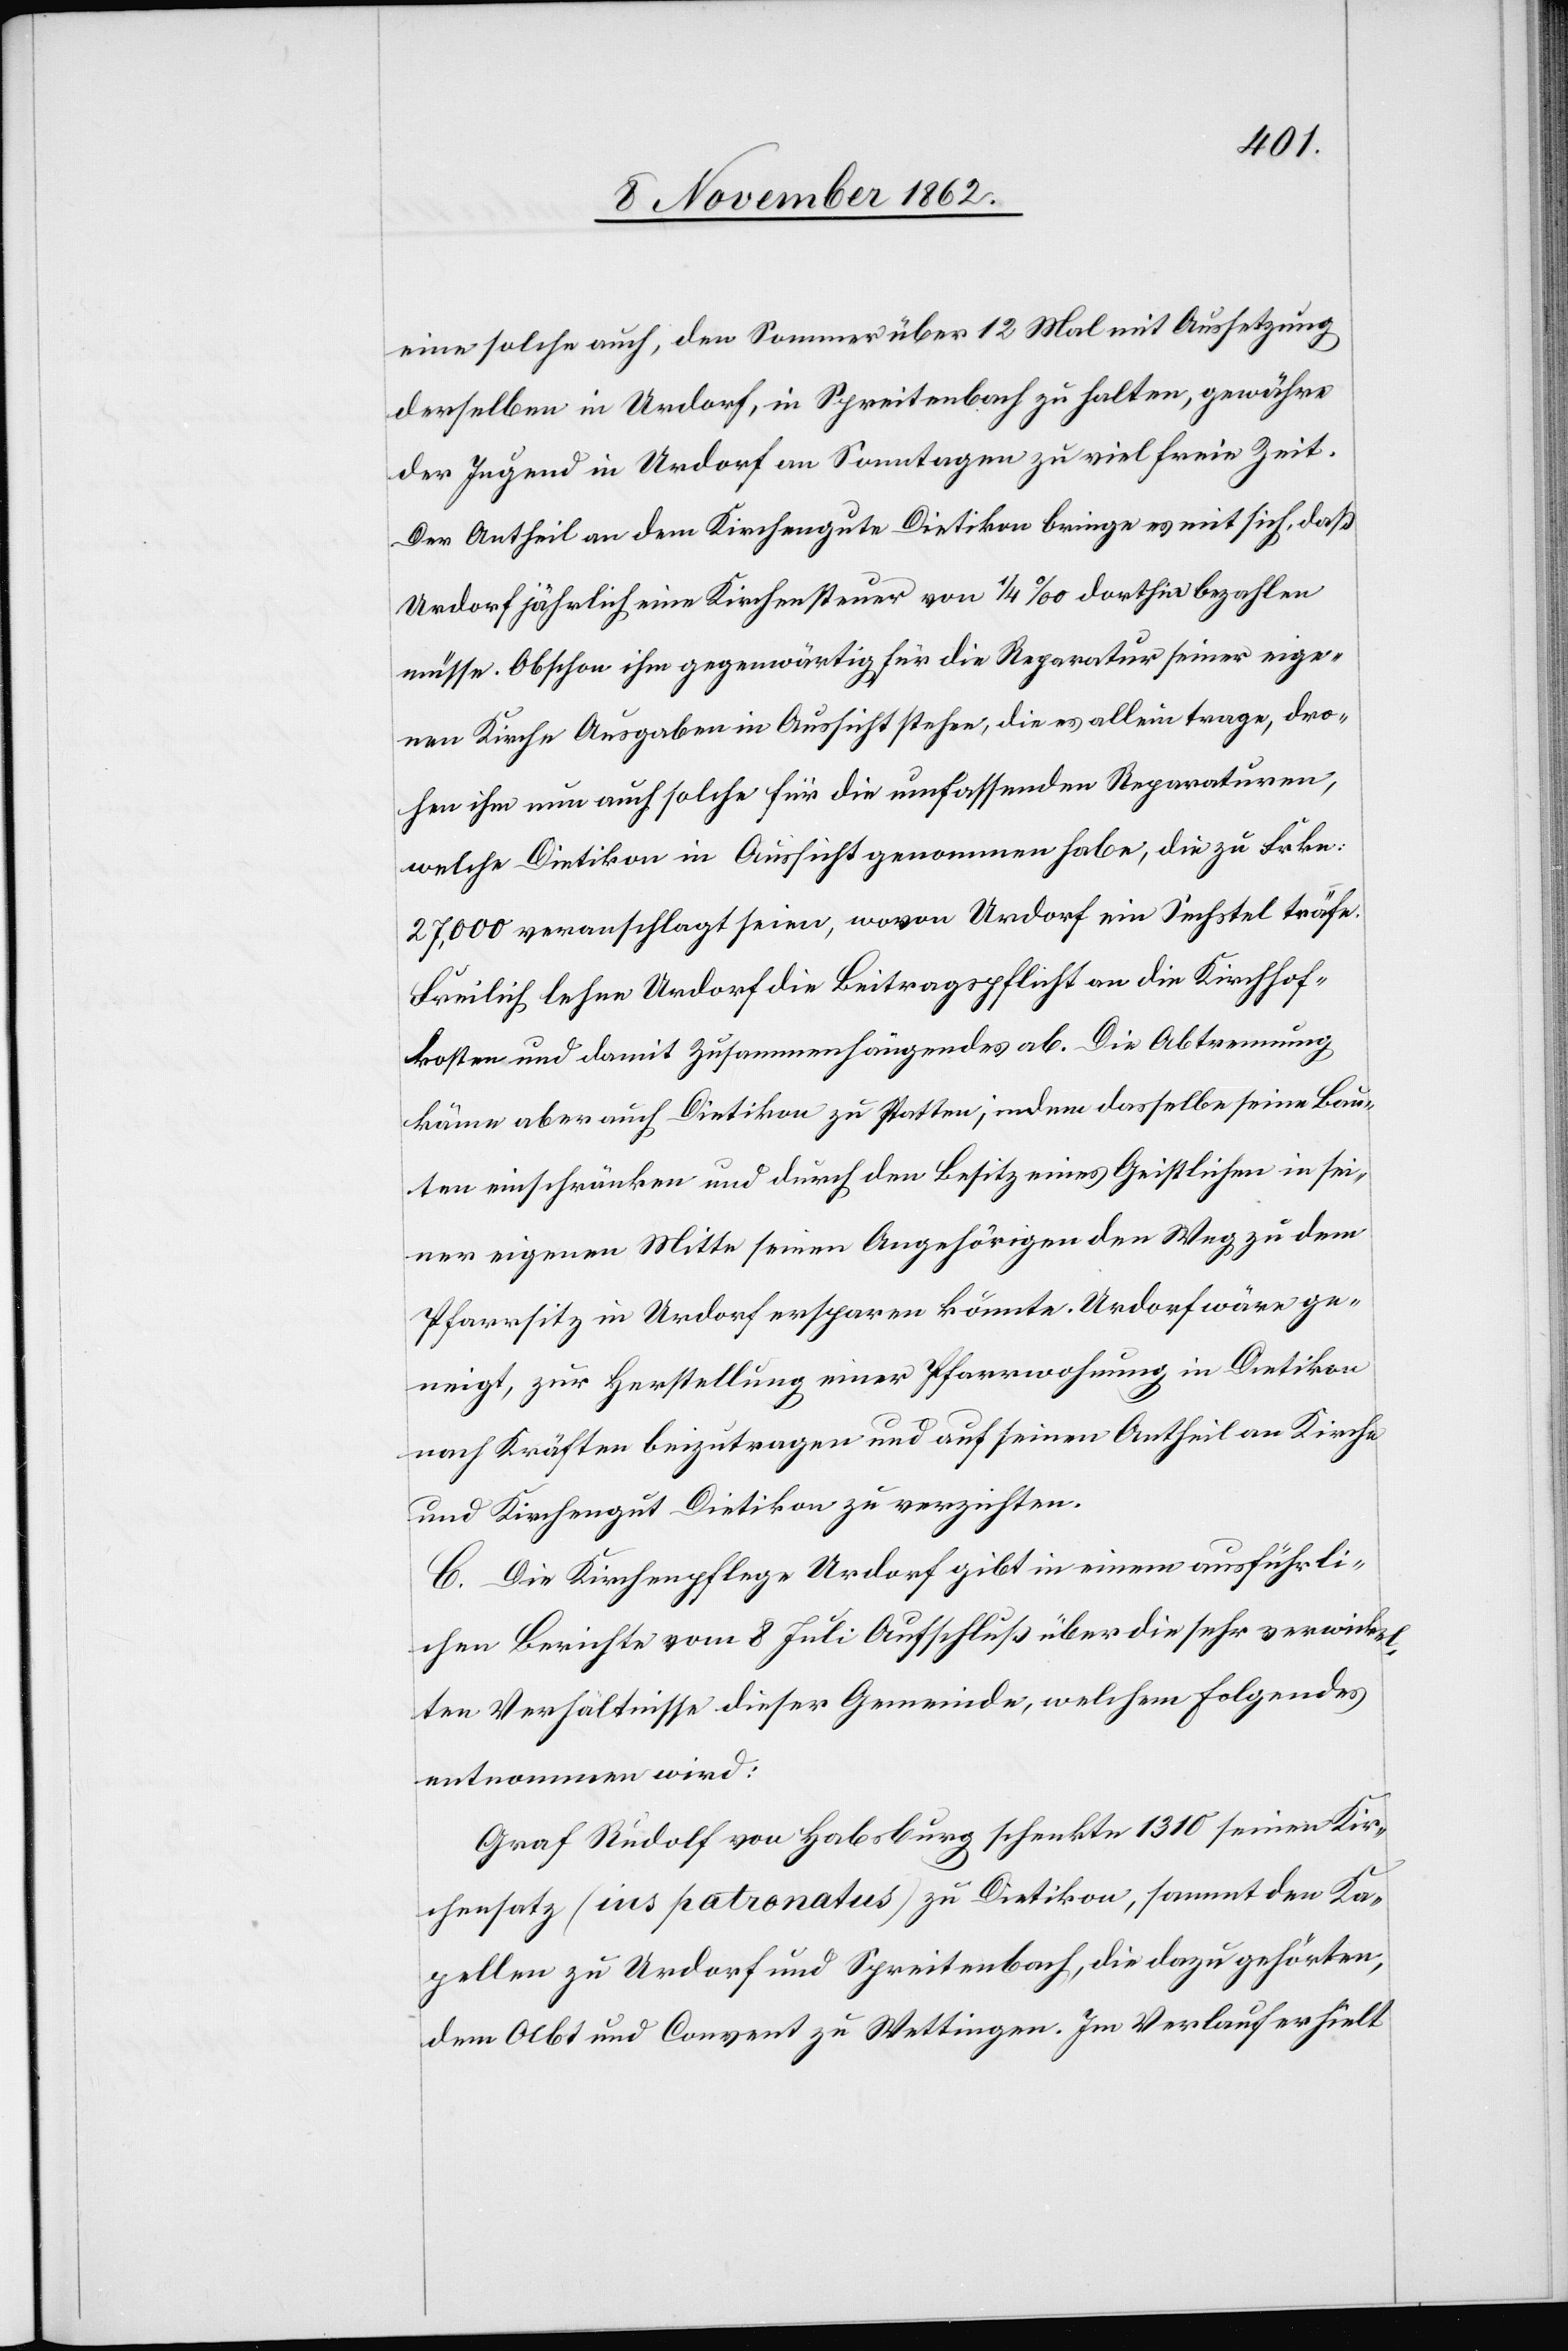
eine solche auch, den Sommer über 12 Mal mit Aussetzung
derselben in Urdorf, in Spreitenbach zu halten, gewähre
der Jugend in Urdorf an Sonntagen zu viel freie Zeit.
Der Antheil an dem Kirchengute Dietikon bringe es mit sich, daß
Urdorf jährlich eine Kirchensteuer von 1/4‰ dorthin bezahlen
müsse. Obschon ihm gegenwärtig für die Reparatur seiner eige¬
nen Kirche Ausgaben in Aussicht stehen, die er allein trage, dro¬
hen ihm nun auch solche für die umfassenden Reparaturen,
welche Dietikon in Aussicht genommen habe, die zu Frkn:
27,000 veranschlagt seien, wovon Urdorf ein Sechstel träfe.
Freilich lehne Urdorf die Beitragspflicht an die Kirchhof¬
kosten und damit Zusammenhängendes ab. Die Abtrennung
käme aber auch Dietikon zu statten, indem dasselbe seine Bau¬
ten einschränken und durch den Besitz eines Geistlichen in sei¬
ner eigenen Mitte seinen Angehörigen den Weg zu dem
Pfarrsitz in Urdorf ersparen könnte. Urdorf wäre ge¬
neigt, zur Herstellung einer Pfarrwohnung in Dietikon
nach Kräften beizutragen und auf seinen Antheil an Kirche
und Kirchengut Dietikon zu verzichten.
C. Die Kirchenpflege Urdorf gibt in einem ausführli¬
chen Berichte vom 8. Juli Aufschluß über die sehr verwickel¬
ten Verhältnisse dieser Gemeinde, welchem Folgendes
entnommen wird:
Graf Rudolf von Habsburg schenkte 1310 seinen Kir¬
chensatz (ins patronatus) zu Dietikon, sammt den Ka¬
pellen zu Urdorf und Spreitenbach, die dazu gehörten,
dem Abt und Convent zu Wettingen. Im Verlauf erhielt